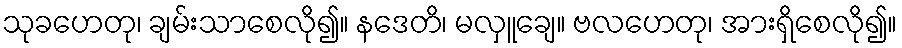
သုခဟေတု၊ ချမ်းသာစေလို၍။ နဒေတိ၊ မလှူချေ။ ဗလဟေတု၊ အားရှိစေလို၍။